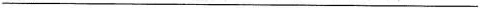
___